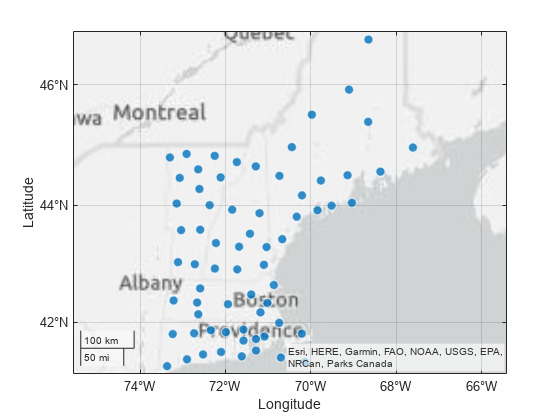
matlab, geobubble